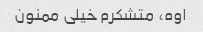
اوه، متشکرم خیلی ممنون